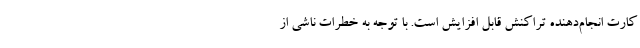
کارت انجام‌دهنده تراکنش قابل افزایش است. با توجه به خطرات ناشی از